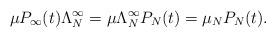
LaTeX: \begin{align*}\mu P_{\infty}(t)\Lambda_N^{\infty}=\mu\Lambda_N^{\infty}P_N(t)=\mu_NP_N(t).\end{align*}